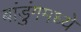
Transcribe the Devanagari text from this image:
बांडुंगमध्ये